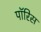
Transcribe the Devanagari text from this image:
पॉरिस